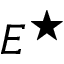
E ^ { \star }